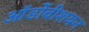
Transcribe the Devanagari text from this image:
ऑर्डोवीशयन